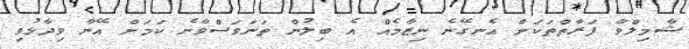
ޝާމިލްވާ ފަރާތްތަކަށް އެނގޭނެ ނިޒާމެއް އެ ބިލުން ތަނަވަސްވާނެ ކަމަށް އޭނާ ވިދާޅުވި